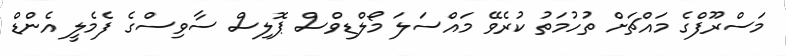
މަސްރޫފްގެ މައްޗަށް ތުހުމަތު ކުރެވޭ މައްސަލަ މޯލްޑިވްސް ޕޮލިސް ސާވިސްގެ ފެމެލީ އެންޑް